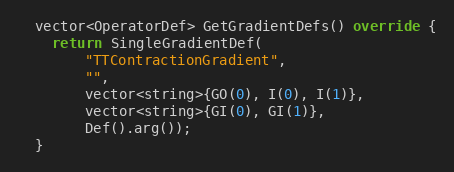
Language: C++
  vector<OperatorDef> GetGradientDefs() override {
    return SingleGradientDef(
        "TTContractionGradient",
        "",
        vector<string>{GO(0), I(0), I(1)},
        vector<string>{GI(0), GI(1)},
        Def().arg());
  }